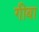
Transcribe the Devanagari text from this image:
गीबा